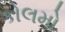
કોલમો